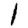
Digit: 1